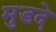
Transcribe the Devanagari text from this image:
मुडदे